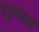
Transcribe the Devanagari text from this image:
रेडुवाइडी